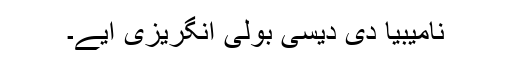
نامیبیا دی دیسی بولی انگریزی ایے۔